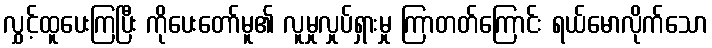
လွှင့်ထူပေးကြပြီး ကိုပေးတော်မူ၏ လူမှုလှုပ်ရှားမှု ကြာတတ်ကြောင်း ရယ်မောလိုက်သော